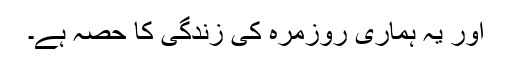
اور یہ ہماری روزمرہ کی زندگی کا حصہ ہے۔